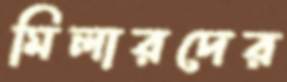
মিলারদের